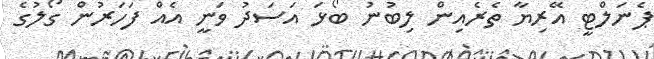
ޕެނަލްޓީ އޭރިޔާ ތެރެއިން ލިބުނު ބޯޅަ އަސަދު ވަނީ އެއް ފަހަރުން ގޯލުގެ